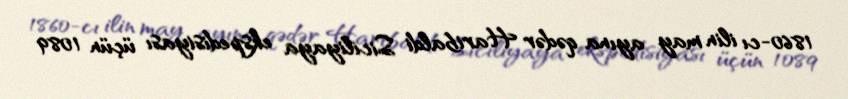
1860-cı ilin may ayına qədər Haribaldi Siciliyaya ekspedisiyası üçün 1089